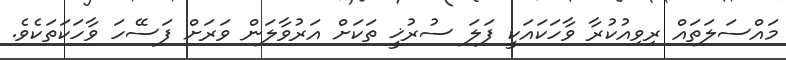
މައްސަލަތައް ރިވިއުކުރާ ވާހަކައަކީ ފަލަ ސުރުޚީ ތަކަށް އަރުވާލަން ވަރަށް ފަސޭހަ ވާހަކަތަކެވެ.